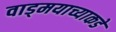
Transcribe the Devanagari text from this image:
वाड्मयाच्याकडे